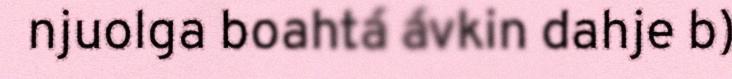
njuolga boahtá ávkin dahje b)